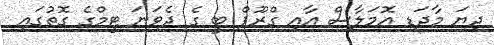
ދިޔަ މާދަޑި އޮމަލާސް އާއި ގްރޫޕް ބީ ގެ ދެވަނަ ޓީމްގެ ގޮތުގައި